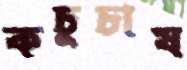
কচুচাষ